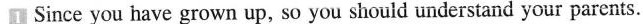
Since you have grown up, so you should understand your parents.